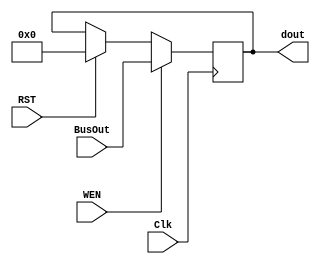
module Reg_module_RW //write, reset enable //Rt, AC
#(parameter WIDTH = 8)
(Clk,RST,WEN,BusOut,dout);
input Clk, WEN,RST;
input [WIDTH-1:0] BusOut;
output [WIDTH-1:0] dout;
reg [WIDTH-1:0] value;


always @(posedge Clk) 
begin

    if (WEN) value <= BusOut;
    else if (RST) value <= 8'b0;       
end

assign dout=value;
    
endmodule